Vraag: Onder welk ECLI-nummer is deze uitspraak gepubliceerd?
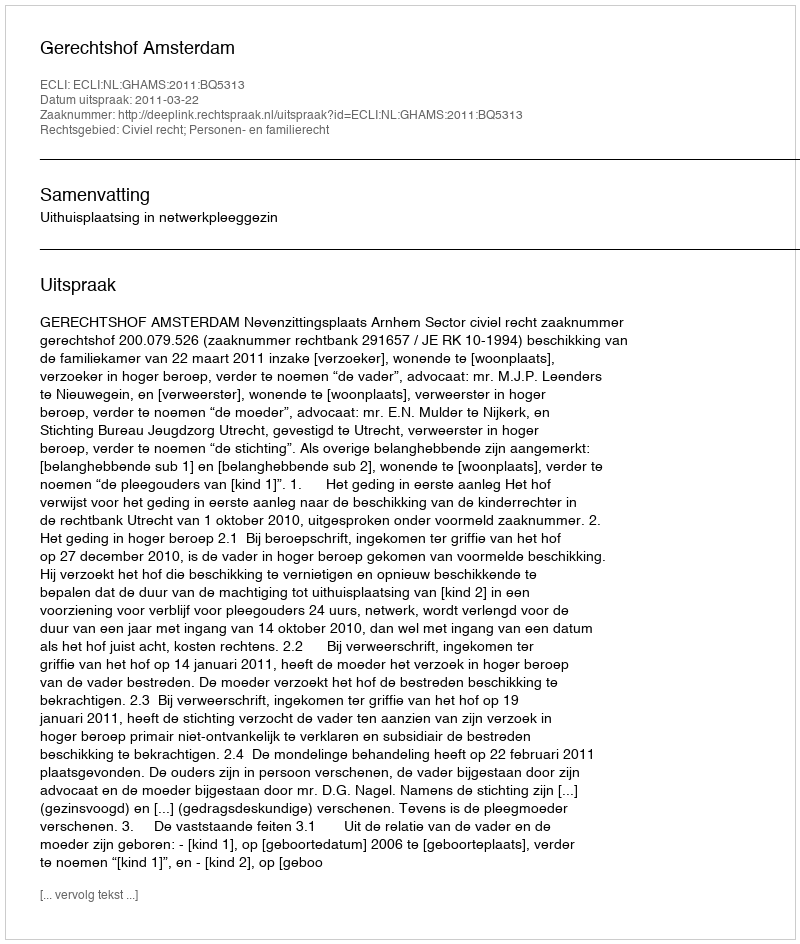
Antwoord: ECLI:NL:GHAMS:2011:BQ5313